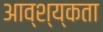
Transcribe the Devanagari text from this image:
आव्श्य्कता